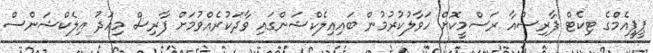
ޕީޕީއެމްގެ ޓިކެޓް ފާރިސްއާ ރަސްމީކޮށް ހަވާލުކުރުމުން ބައިއިލެކްޝަންގައި ވާދަކުރެއްވުމަށް ފާރިސް މިއަދު އިލެކްޝަންސް